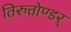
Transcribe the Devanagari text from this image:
तिरुत्तोण्डर्